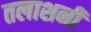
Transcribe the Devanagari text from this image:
तलाशनी